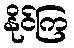
နိုင်ကြ